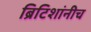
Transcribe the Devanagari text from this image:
ब्रिटिशांनीच